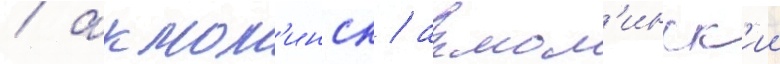
/ акмол'инск / акмол'инск'ии